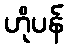
ဟိုပန်